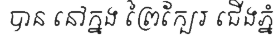
បាន នៅក្នង ព្រៃក្បែរ ជើងភ្នំ